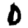
Digit: 0